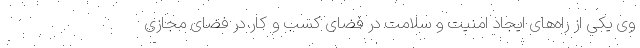
وی یکی از راه‌های ایجاد امنیت و سلامت در فضای کسب و کار در فضا‌ی مجازی